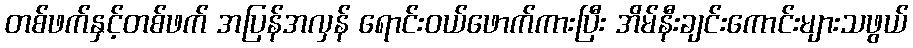
တစ်ဖက်နှင့်တစ်ဖက် အပြန်အလှန် ရောင်းဝယ်ဖောက်ကားပြီး အိမ်နီးချင်းကောင်းများသဖွယ်